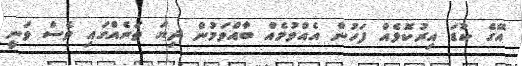
އޭގެ ކުޑަ އިރުކޮޅެއް ފަހުން އެއްވުމެއް ބާއްވަމުން ދިޔަ ތަނެއްގައި ވެސް ވަނީ